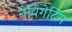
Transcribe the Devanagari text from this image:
नेविगेटिंग